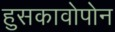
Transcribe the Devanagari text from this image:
हुसकावोपोन